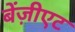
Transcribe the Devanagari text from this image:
बेंज़ीएट